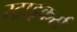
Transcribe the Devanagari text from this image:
स्‍ट्राइकर्स